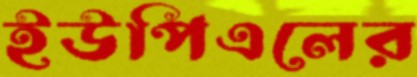
ইউপিএলের